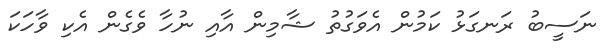
ނަސީބު ރަނގަޅު ކަމުން އެވަގުތު ޝާމިން އާއި ނުހާ ވެގެން އެކި ވާހަކަ